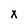
Character: x